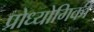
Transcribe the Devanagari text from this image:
प्रोध्योगिकी